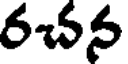
రచన